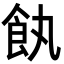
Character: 𩚐